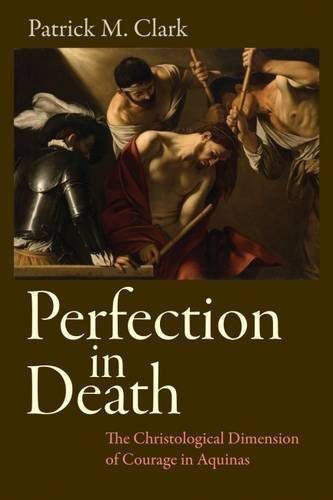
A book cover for Perfection in Death: The Christological Dimension of Courage in Aquinas; Patrick Clark; Religion & Spirituality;